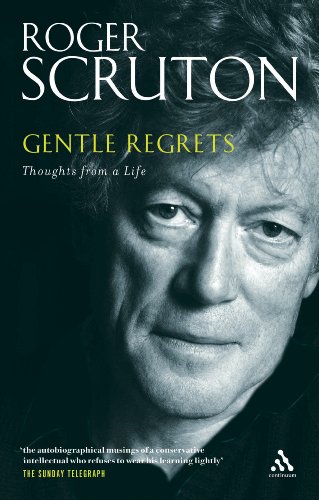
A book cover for Gentle Regrets: Thoughts from a Life; Roger Scruton; Biographies & Memoirs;